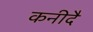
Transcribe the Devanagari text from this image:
कनीदै